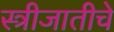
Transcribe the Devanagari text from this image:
स्त्रीजातीचे